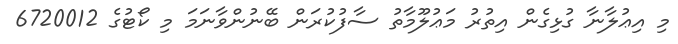
މި އިޢުލާނާ ގުޅިގެން އިތުރު މަޢުލޫމާތު ސާފުކުރަން ބޭނުންވާނަމަ މި ކޯޓުގެ 6720012